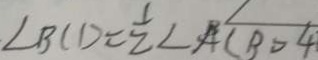
\angle B C D = \frac { 1 } { 2 } \angle A C B = 4